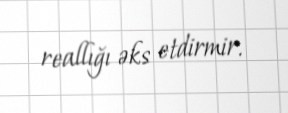
reallığı əks etdirmir.